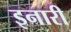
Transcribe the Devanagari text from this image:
इनारी